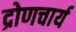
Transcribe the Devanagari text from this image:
द्रोणचार्य